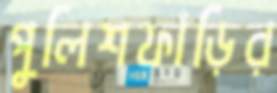
পুলিশফাঁড়ির